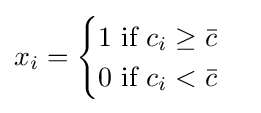
x_{i}={\begin{cases}1{\text{ if }}c_{i}\geq {\bar {c}}\\0{\text{ if }}c_{i}<{\bar {c}}\end{cases}}